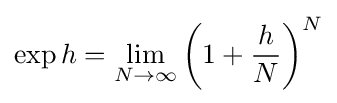
\exp h=\lim _{N\to \infty }\left(1+{\frac {h}{N}}\right)^{N}